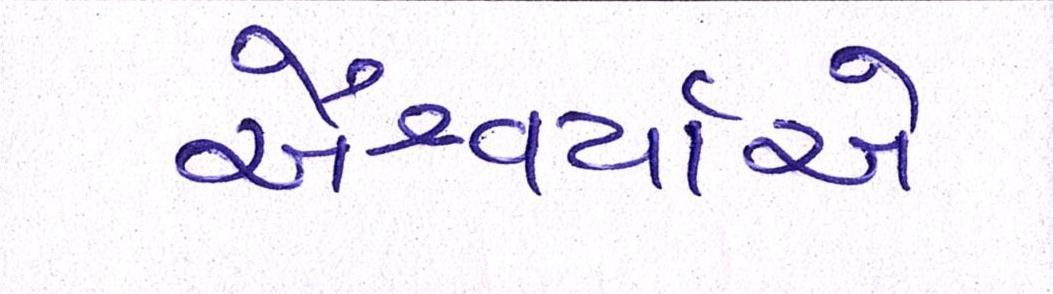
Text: ઐશ્વર્યાએ